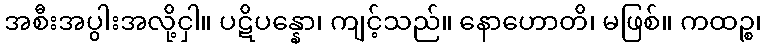
အစီးအပွါးအလို့ငှါ။ ပဋိပန္နော၊ ကျင့်သည်။ နောဟောတိ၊ မဖြစ်။ ကထဉ္စ၊